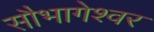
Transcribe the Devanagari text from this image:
सौभागेश्वर